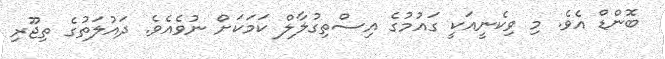
ބޮންޑް އެވެ. މި ވިކެނީއަކީ ގައުމުގެ އިސްތިގުލާލް ކަމަކަށް ނުވެއެވެ. ދައުލަތުގެ ތިޖޫރި